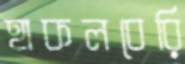
হাকলবেরি